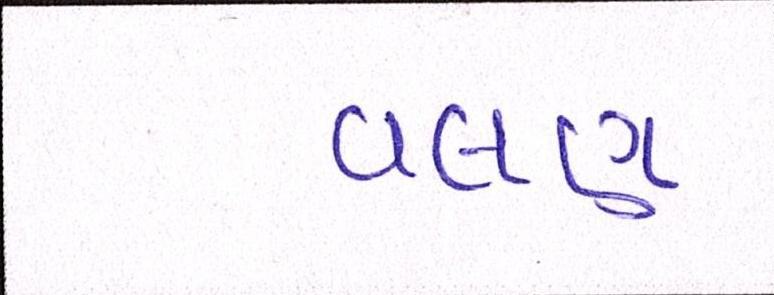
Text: વલણ